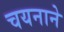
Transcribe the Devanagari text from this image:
चयनाने